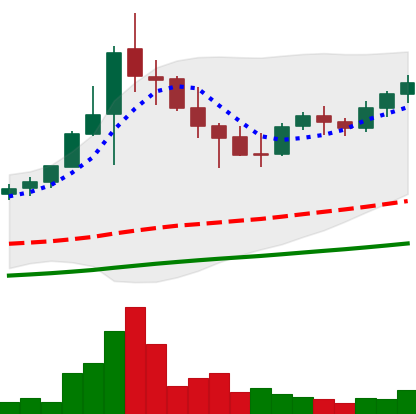
Ticker: NEO-USD
Chart end date: 2021-05-02
Forward return: 11.331%
Label: up_7plus